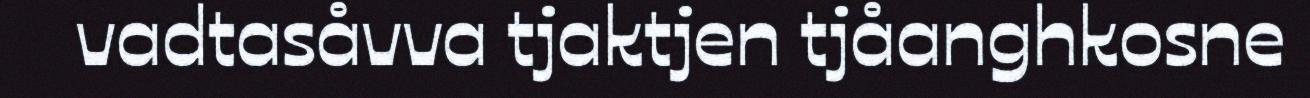
vadtasåvva tjaktjen tjåanghkosne